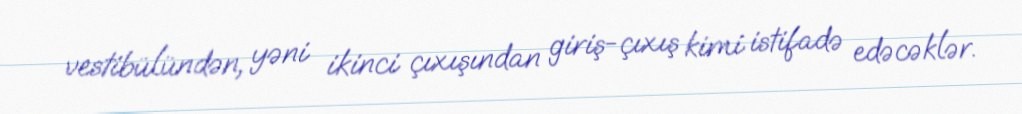
vestibülündən, yəni ikinci çıxışından giriş-çıxış kimi istifadə edəcəklər.